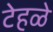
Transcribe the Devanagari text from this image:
टेहळे